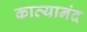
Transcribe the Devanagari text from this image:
काव्यानंद